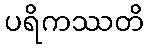
ပရိကဿတိ